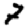
Digit: 7